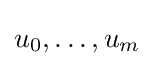
{\textstyle u_{0},\ldots ,u_{m}}